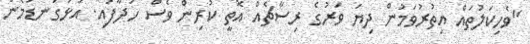
"ވެހިކަލުތައް އިތުރުވަމުން ދިޔަ ވަރުގެ ރިސާޗެއް އޮތީ ކުރިން ވެސް ހަދާފައި. އަޅުގަނޑުމެން